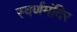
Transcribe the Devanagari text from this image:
स्वर्णमंदिर